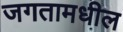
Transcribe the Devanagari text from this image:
जगतामधील